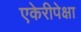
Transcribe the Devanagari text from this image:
एकेरीपेक्षा